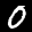
Label: 0